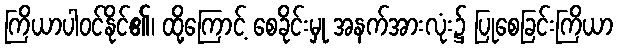
ကြိယာပါဝင်နိုင်၏၊ ထို့ကြောင့် စေခိုင်းမှု အနက်အားလုံး၌ ပြုစေခြင်းကြိယာ